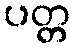
ပတ္တ